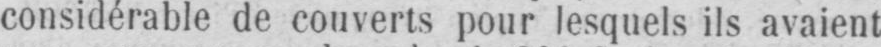
considérable de couverts pour lesquels ils avaient